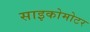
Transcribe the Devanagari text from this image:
साइकोमोटर